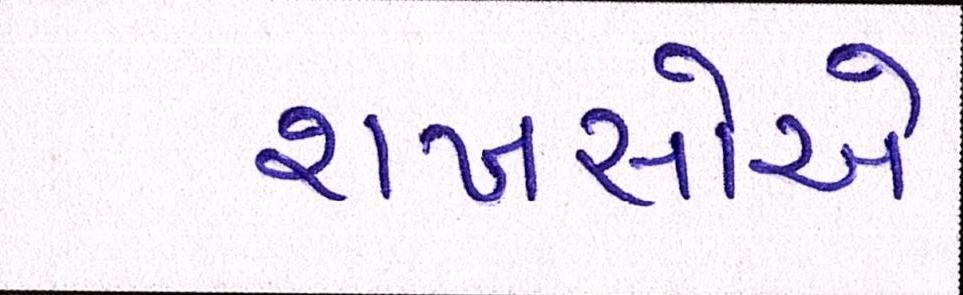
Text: શખસોએ